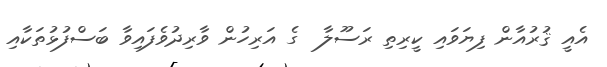
އެއީ ޤުރުއާން ފިޔަވައި ކީރިތި ރަސޫލާ  ގެ އަރިހުން ވާރިދުވެފައިވާ ބަސްފުޅުތަކާއި